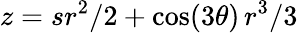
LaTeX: z=sr^{2}/2+\cos(3\theta)\, r^{3}/3